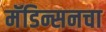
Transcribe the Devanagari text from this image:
मॅडिन्सनचा